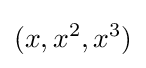
(x,x^{2},x^{3})